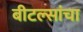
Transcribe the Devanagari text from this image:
बीटल्सांचा